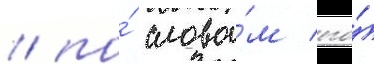
/ по́ слова́м его́